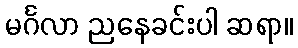
မင်္ဂလာ ညနေခင်းပါ ဆရာ။